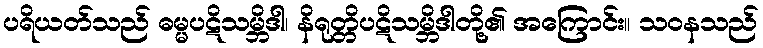
ပရိယတ်သည် ဓမ္မပဋိသမ္ဘိဒါ၊ နိရုတ္တိပဋိသမ္ဘိဒါတို့၏ အကြောင်း။ သဝနသည်